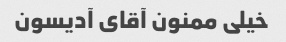
خیلی ممنون آقای آدیسون